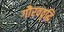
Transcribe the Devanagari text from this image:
गौरववृद्धि